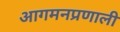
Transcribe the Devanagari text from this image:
आगमनप्रणाली